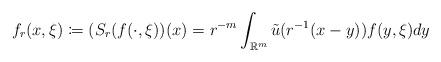
LaTeX: \begin{align*}f_r(x,\xi)\coloneqq (S_r(f(\cdot,\xi))(x)=r^{-m}\int_{\mathbb{R}^m} \tilde u(r^{-1}(x-y))f(y,\xi)dy\end{align*}